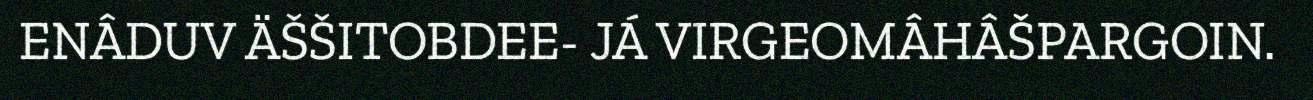
ENÂDUV ÄŠŠITOBDEE- JÁ VIRGEOMÂHÂŠPARGOIN.